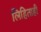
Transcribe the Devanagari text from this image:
लिहिताही